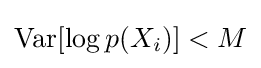
\mathrm {Var} [\log p(X_{i})]<M